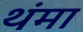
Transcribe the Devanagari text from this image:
थंमा